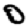
Digit: 0